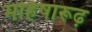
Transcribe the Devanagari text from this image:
महिषारूढ़